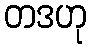
တဒဟု